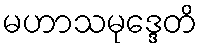
မဟာသမုဒ္ဒေတိ